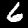
Label: 6